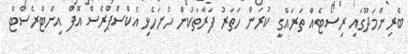
ބެރިންމަދޫގައި ރިސޯޓެއް ތަރައްގީ ކުރަން ހަތަރު ފަރާތަކުން ހުށަހެޅި އެކްސްޕްރެސް އޮފް އިންޓްރެސްޓް